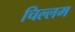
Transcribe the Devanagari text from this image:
चिल्लम